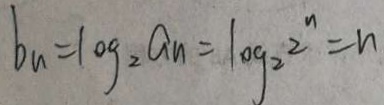
b _ { n } = 1 0 g _ { 2 } a _ { n } = 1 o g _ { 2 } 2 ^ { n } = n